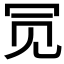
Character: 𫤸